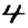
Digit: 4